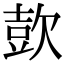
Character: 㰻